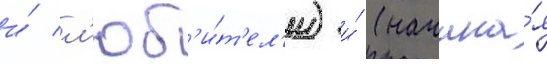
и́ л'юб'и́т'ел'и) и́ (начина́я